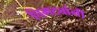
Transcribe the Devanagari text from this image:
चिमट्यांनी